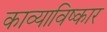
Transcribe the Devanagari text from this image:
काव्याविष्कार